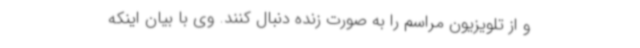
و از تلویزیون مراسم را به ‌صورت زنده دنبال کنند. وی با بیان اینکه